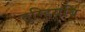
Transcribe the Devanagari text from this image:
तुम्हियबि